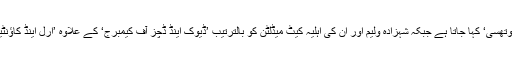
مثلاً شہزادہ چارلس کو ’ڈیوک آف روتھسی‘ کہا جاتا ہے جبکہ شہزادہ ولیم اور ان کی اہلیہ کیٹ میڈلٹن کو بالترتیب ’ڈیوک اینڈ ڈچًز آف کیمبرج‘ کے علاوہ ’ارل اینڈ کاؤنٹیس آف سٹریتھرن‘ بھی کہا جاتا ہے۔